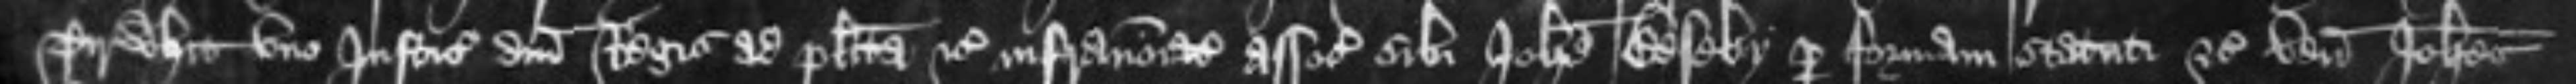
Tirwhit uno Justiciariorum domini Regis ad placita etc infranominato associato sibi Johanne Beseby per formam statuti etc venit Johannes